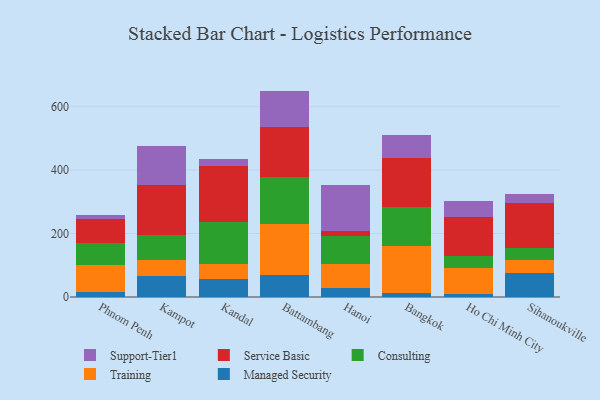
{"axis": {"x": "City", "y": "Revenue (USD Million)"}, "legend": ["Consulting", "Managed Security", "Service Basic", "Support-Tier1", "Training"], "data": [{"x": "Phnom Penh", "y": 16.5, "type": "Managed Security"}, {"x": "Phnom Penh", "y": 85.3, "type": "Training"}, {"x": "Phnom Penh", "y": 66.8, "type": "Consulting"}, {"x": "Phnom Penh", "y": 77.2, "type": "Service Basic"}, {"x": "Phnom Penh", "y": 13.5, "type": "Support-Tier1"}, {"x": "Kampot", "y": 67.2, "type": "Managed Security"}, {"x": "Kampot", "y": 48.8, "type": "Training"}, {"x": "Kampot", "y": 80.5, "type": "Consulting"}, {"x": "Kampot", "y": 156.8, "type": "Service Basic"}, {"x": "Kampot", "y": 123.8, "type": "Support-Tier1"}, {"x": "Kandal", "y": 57.8, "type": "Managed Security"}, {"x": "Kandal", "y": 47.2, "type": "Training"}, {"x": "Kandal", "y": 132.8, "type": "Consulting"}, {"x": "Kandal", "y": 174.9, "type": "Service Basic"}, {"x": "Kandal", "y": 23.0, "type": "Support-Tier1"}, {"x": "Battambang", "y": 70.7, "type": "Managed Security"}, {"x": "Battambang", "y": 159.0, "type": "Training"}, {"x": "Battambang", "y": 148.4, "type": "Consulting"}, {"x": "Battambang", "y": 157.6, "type": "Service Basic"}, {"x": "Battambang", "y": 113.9, "type": "Support-Tier1"}, {"x": "Hanoi", "y": 27.8, "type": "Managed Security"}, {"x": "Hanoi", "y": 75.1, "type": "Training"}, {"x": "Hanoi", "y": 90.9, "type": "Consulting"}, {"x": "Hanoi", "y": 15.3, "type": "Service Basic"}, {"x": "Hanoi", "y": 143.0, "type": "Support-Tier1"}, {"x": "Bangkok", "y": 11.5, "type": "Managed Security"}, {"x": "Bangkok", "y": 148.4, "type": "Training"}, {"x": "Bangkok", "y": 122.5, "type": "Consulting"}, {"x": "Bangkok", "y": 156.7, "type": "Service Basic"}, {"x": "Bangkok", "y": 72.0, "type": "Support-Tier1"}, {"x": "Ho Chi Minh City", "y": 8.6, "type": "Managed Security"}, {"x": "Ho Chi Minh City", "y": 83.6, "type": "Training"}, {"x": "Ho Chi Minh City", "y": 38.1, "type": "Consulting"}, {"x": "Ho Chi Minh City", "y": 120.7, "type": "Service Basic"}, {"x": "Ho Chi Minh City", "y": 50.5, "type": "Support-Tier1"}, {"x": "Sihanoukville", "y": 75.6, "type": "Managed Security"}, {"x": "Sihanoukville", "y": 42.5, "type": "Training"}, {"x": "Sihanoukville", "y": 35.6, "type": "Consulting"}, {"x": "Sihanoukville", "y": 142.9, "type": "Service Basic"}, {"x": "Sihanoukville", "y": 27.3, "type": "Support-Tier1"}]}